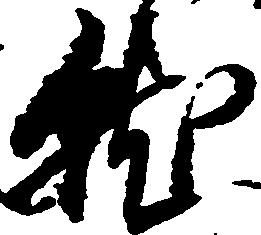
就